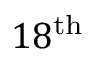
1 8 ^ { \mathrm { t h } }